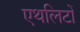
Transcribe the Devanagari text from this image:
एथलिटों